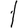
Digit: 1